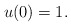
\begin{align*} u(0) = 1.\end{align*}